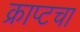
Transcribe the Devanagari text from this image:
क्राप्टचा